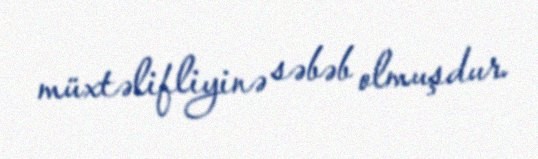
müxtəlifliyinə səbəb olmuşdur.